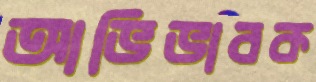
আভিভাবক